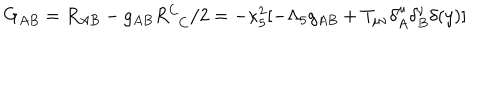
G _ { A B } = R _ { A B } - g _ { A B } R _ { \phantom { C } C } ^ { C } / 2 = - \kappa _ { 5 } ^ { 2 } [ - \Lambda _ { 5 } g _ { A B } + T _ { \mu \nu } \delta _ { A } ^ { \mu } \delta _ { B } ^ { \nu } \delta ( y ) ]